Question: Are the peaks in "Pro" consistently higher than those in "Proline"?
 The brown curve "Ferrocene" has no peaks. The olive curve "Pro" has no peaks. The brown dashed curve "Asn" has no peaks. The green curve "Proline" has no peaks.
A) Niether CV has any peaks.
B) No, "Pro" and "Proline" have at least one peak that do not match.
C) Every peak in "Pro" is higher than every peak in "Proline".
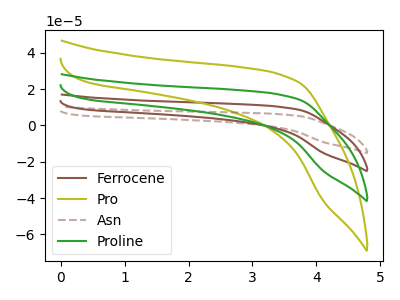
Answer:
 <answer>A) Niether CV has any peaks.</answer>
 <eval>A</eval>